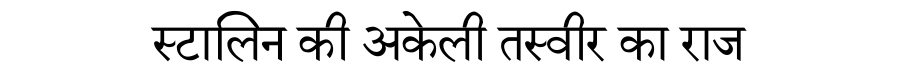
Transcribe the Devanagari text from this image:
स्टालिन की अकेली तस्वीर का राज